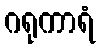
ဂရုကာရံ